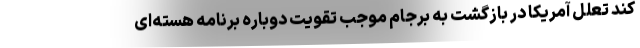
کند تعلل آمریکا در بازگشت به برجام موجب تقویت دوباره برنامه هسته‌ای